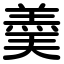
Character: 羮